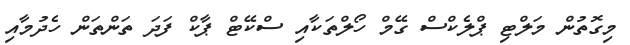
މިގޮތުން މަލްޓި ޕްލެކްސް ގޭމް ހޯލްތަކާއި ސްކޭޓް ޕާކް ފަދަ ތަންތަން ހެދުމާއި